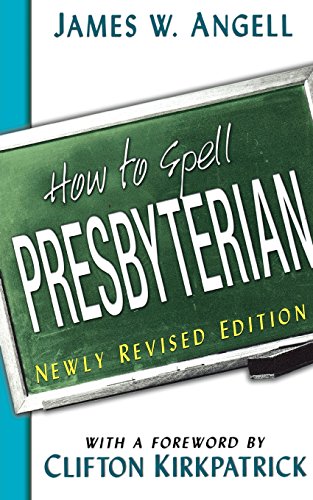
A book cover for How to Spell Presbyterian, Newly Revised Edition; James W. Angell; Christian Books & Bibles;